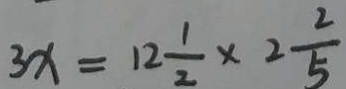
3 x = 1 2 \frac { 1 } { 2 } \times 2 \frac { 2 } { 5 }